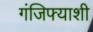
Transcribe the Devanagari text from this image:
गंजिफ्याशी